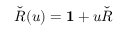
{ \check { R } } ( u ) = \mathbf { 1 } + u { \check { R } }